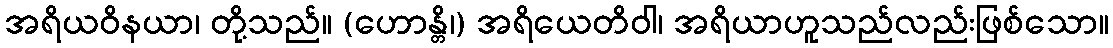
အရိယဝိနယာ၊ တို့သည်။ (ဟောန္တိ၊) အရိယေတိဝါ၊ အရိယာဟူသည်လည်းဖြစ်သော။